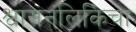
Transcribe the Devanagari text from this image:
श्वासनलिकिेचा